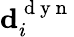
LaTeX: \mathbf{d}_{i}^{\mathrm{~d~y~n~}}